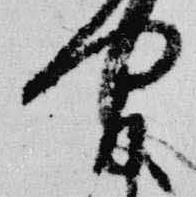
間